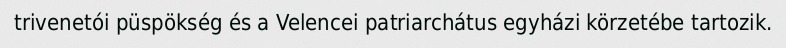
trivenetói püspökség és a Velencei patriarchátus egyházi körzetébe tartozik.